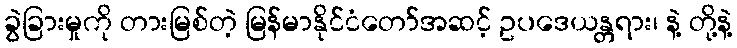
ခွဲခြားမှုကို တားမြစ်တဲ့ မြန်မာနိုင်ငံတော်အဆင့် ဥပဒေယန္တရား၊ နဲ့ တို့နဲ့